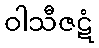
ဝါသီဇဋံ